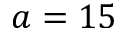
a = 1 5